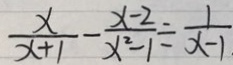
\frac { x } { x + 1 } - \frac { x - 2 } { x ^ { 2 } - 1 } \div \frac { 1 } { x - 1 }